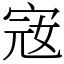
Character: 宼